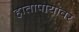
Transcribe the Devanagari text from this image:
हातापायावर